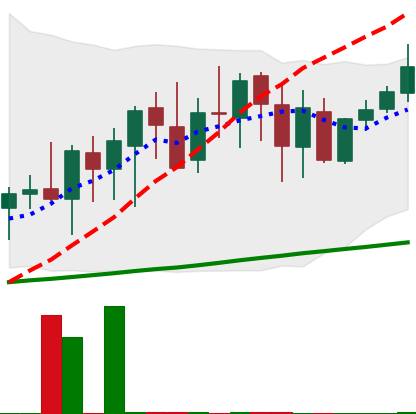
Ticker: XMR-USD
Chart end date: 2020-09-27
Forward return: 4.665%
Label: up_3_5